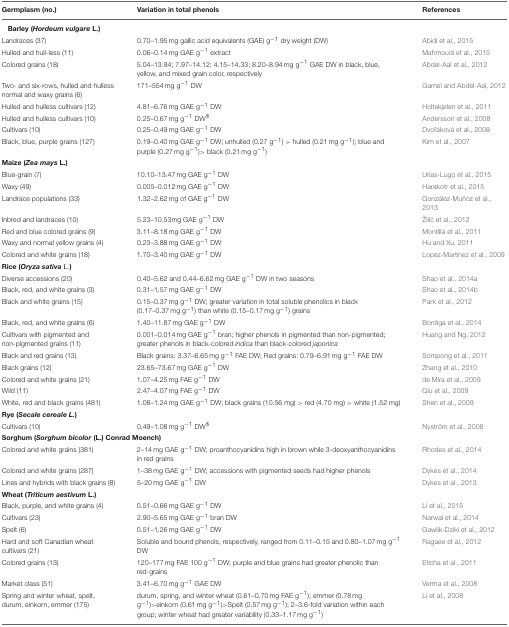
<table><thead><tr><td><b>Germplasm (no.)</b></td><td><b>Variation in total phenols</b></td><td><b>References</b></td></tr></thead><tbody><tr><td colspan="3"><b>Barley (</b><i><b>Hordeum vulgare</b></i><b>L.)</b></td></tr><tr><td>Landraces (37)</td><td>0.70–1.95 mg gallic acid equivalents (GAE) g<sup>−1</sup> dry weight (DW)</td><td>Abidi et al., 2015</td></tr><tr><td>Hulled and hull-less (11)</td><td>0.06–0.14 mg GAE g<sup>−1</sup> extract</td><td>Mahmoudi et al., 2015</td></tr><tr><td>Colored grains (18)</td><td>5.04–13.94; 7.97–14.12; 4.15–14.33; 8.20–8.94 mg g<sup>−1</sup> GAE DW in black, blue, yellow, and mixed grain color, respectively</td><td>Abdel-Aal et al., 2012</td></tr><tr><td>Two- and six-rows, hulled and hulless normal and waxy grains (6)</td><td>171–554 mg g<sup>−1</sup> DW</td><td>Gamel and Abdel-Aal, 2012</td></tr><tr><td>Hulled and hulless cultivars (12)</td><td>4.81–6.76 mg GAE g<sup>−1</sup> DW</td><td>Holtekjølen et al., 2011</td></tr><tr><td>Hulled and hulless cultivars (10)</td><td>0.25–0.67 mg g<sup>−1</sup> DW<sup>$</sup></td><td>Andersson et al., 2008</td></tr><tr><td>Cultivars (10)</td><td>0.25–0.49 mg GAE g<sup>−1</sup> DW</td><td>Dvořáková et al., 2008</td></tr><tr><td>Black, blue, purple grains (127)</td><td>0.19–0.40 mg GAE g<sup>−1</sup> DW; unhulled (0.27 g<sup>−1</sup>) &gt; hulled (0.21 mg g<sup>−1</sup>); blue and purple (0.27 mg g<sup>−1</sup>)&gt; black (0.21 mg g<sup>−1</sup>)</td><td>Kim et al., 2007</td></tr><tr><td colspan="3"><b>Maize (</b><i><b>Zea mays</b></i><b>L.)</b></td></tr><tr><td>Blue-grain (7)</td><td>10.10–13.47 mg GAE g<sup>−1</sup> DW</td><td>Urias-Lugo et al., 2015</td></tr><tr><td>Waxy (49)</td><td>0.005–0.012 mg GAE g<sup>−1</sup> DW</td><td>Harakotr et al., 2015</td></tr><tr><td>Landrace populations (33)</td><td>1.32–2.62 mg of GAE g<sup>−1</sup> DW</td><td>González-Muñoz et al., 2013</td></tr><tr><td>Inbred and landraces (10)</td><td>5.23–10.53mg GAE g<sup>−1</sup> DW</td><td>Žilić et al., 2012</td></tr><tr><td>Red and blue colored grains (9)</td><td>3.11–8.18 mg GAE g<sup>−1</sup> DW</td><td>Montilla et al., 2011</td></tr><tr><td>Waxy and normal yellow grains (4)</td><td>0.23–3.88 mg GAE g<sup>−1</sup> DW</td><td>Hu and Xu, 2011</td></tr><tr><td>Colored and white grains (18)</td><td>1.70–3.40 mg GAE g<sup>−1</sup> DW</td><td>Lopez-Martinez et al., 2009</td></tr><tr><td colspan="3"><b>Rice (</b><i><b>Oryza sativa</b></i><b>L.)</b></td></tr><tr><td>Diverse accessions (20)</td><td>0.40–5.62 and 0.44–6.62 mg GAE g<sup>−1</sup> DW in two seasons</td><td>Shao et al., 2014a</td></tr><tr><td>Black, red, and white grains (3)</td><td>0.31–1.57 mg GAE g<sup>−1</sup> DW</td><td>Shao et al., 2014b</td></tr><tr><td>Black and white grains (15)</td><td>0.15–0.37 mg g<sup>−1</sup> DW; greater variation in total soluble phenolics in black (0.17–0.37 mg g<sup>−1</sup>) than white (0.15–0.17 mg g<sup>−1</sup>) grains</td><td>Park et al., 2012</td></tr><tr><td>Black, red, and white grains (6)</td><td>1.40–11.87 mg GAE g<sup>−1</sup> DW</td><td>Bordiga et al., 2014</td></tr><tr><td>Cultivars with pigmented and non-pigmented grains (11)</td><td>0.001–0.014 mg GAE g<sup>−1</sup> bran; higher phenols in pigmented than non-pigmented; greater phenols in black-colored <i>indica</i> than black-colored <i>japonica</i></td><td>Huang and Ng, 2012</td></tr><tr><td>Black and red grains (13)</td><td>Black grains: 3.37–6.65 mg g<sup>−1</sup> FAE DW; Red grains: 0.79–6.91 mg g<sup>−1</sup> FAE DW</td><td>Sompong et al., 2011</td></tr><tr><td>Black grains (12)</td><td>23.65–73.67 mg GAE g<sup>−1</sup> DW</td><td>Zhang et al., 2010</td></tr><tr><td>Colored and white grains (21)</td><td>1.07–4.25 mg FAE g<sup>−1</sup> DW</td><td>de Mira et al., 2009</td></tr><tr><td>Wild (11)</td><td>2.47–4.07 mg FAE g<sup>−1</sup> DW</td><td>Qiu et al., 2009</td></tr><tr><td>White, red and black grains (481)</td><td>1.08–1.24 mg GAE g<sup>−1</sup> DW; black grains (10.56 mg) &gt; red (4.70 mg) &gt; white (1.52 mg)</td><td>Shen et al., 2009</td></tr><tr><td colspan="3"><b>Rye (</b><i><b>Secale cereale L</b></i>.<b>)</b></td></tr><tr><td>Cultivars (10)</td><td>0.49–1.08 mg g<sup>−1</sup> DW<sup>$</sup></td><td>Nyström et al., 2008</td></tr><tr><td colspan="3"><b>Sorghum (</b><i><b>Sorghum bicolor</b></i><b>(L.) Conrad Moench)</b></td></tr><tr><td>Colored and white grains (381)</td><td>2–14 mg GAE g<sup>−1</sup> DW; proanthocyanidins high in brown while 3-deoxyanthocyanidins in red grains</td><td>Rhodes et al., 2014</td></tr><tr><td>Colored and white grains (287)</td><td>1–38 mg GAE g<sup>−1</sup> DW; accessions with pigmented seeds had higher phenols</td><td>Dykes et al., 2014</td></tr><tr><td>Lines and hybrids with black grains (8)</td><td>5–20 mg GAE g<sup>−1</sup> DW</td><td>Dykes et al., 2013</td></tr><tr><td colspan="3"><b>Wheat (</b><i><b>Triticum aestivum</b></i><b>L.)</b></td></tr><tr><td>Black, purple, and white grains (4)</td><td>0.51–0.66 mg GAE g<sup>−1</sup> DW</td><td>Li et al., 2015</td></tr><tr><td>Cultivars (23)</td><td>2.90–5.65 mg GAE g<sup>−1</sup> bran DW</td><td>Narwal et al., 2014</td></tr><tr><td>Spelt (6)</td><td>0.51–1.26 mg GAE g<sup>−1</sup> DW</td><td>Gawlik-Dziki et al., 2012</td></tr><tr><td>Hard and soft Canadian wheat cultivars (21)</td><td>Soluble and bound phenols, respectively, ranged from 0.11–0.15 and 0.80–1.07 mg g<sup>−1</sup> DW</td><td>Ragaee et al., 2012</td></tr><tr><td>Colored grains (13)</td><td>120–177 mg FAE 100 g<sup>−1</sup> DW; purple and blue grains had greater phenolic than red-grains</td><td>Eticha et al., 2011</td></tr><tr><td>Market class (51)</td><td>3.41–6.70 mg g<sup>−1</sup> GAE DW</td><td>Verma et al., 2008</td></tr><tr><td>Spring and winter wheat, spelt, durum, einkorn, emmer (175)</td><td>durum, spring, and winter wheat (0.61–0.70 mg FAE g<sup>−1</sup>); emmer (0.78 mg g<sup>−1</sup>)&gt;einkorn (0.61 mg g<sup>−1</sup>)&gt;Spelt (0.57 mg g<sup>−1</sup>); 2–3.6-fold variation within each group; winter wheat had greater variability (0.33–1.17 mg g<sup>−1</sup>)</td><td>Li et al., 2008</td></tr></tbody></table>